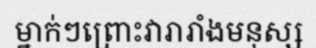
ម្នាក់ៗព្រោះវារារាំងមនុស្ស